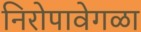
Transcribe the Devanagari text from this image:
निरोपावेगळा